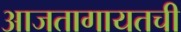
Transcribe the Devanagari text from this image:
आजतागायतची